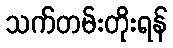
သက်တမ်းတိုးရန်